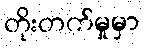
တိုးတက်မှုမှာ